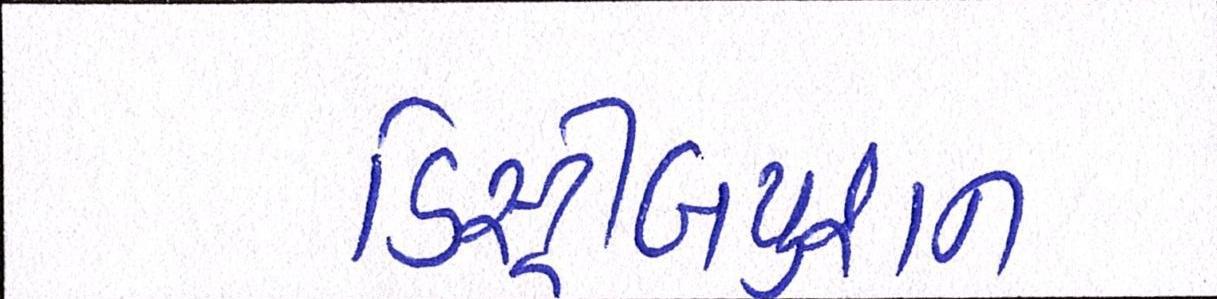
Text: ડિસ્ટ્રીબયુશન